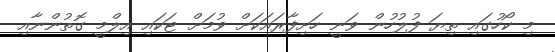
މި ކޯހުގައި ތިޔަ ފުލުހުން ވަނީ ހަށިފާރައަކަށް ވުމަށް ޓަކައި އިލްމީ ގޮތުންނާއި